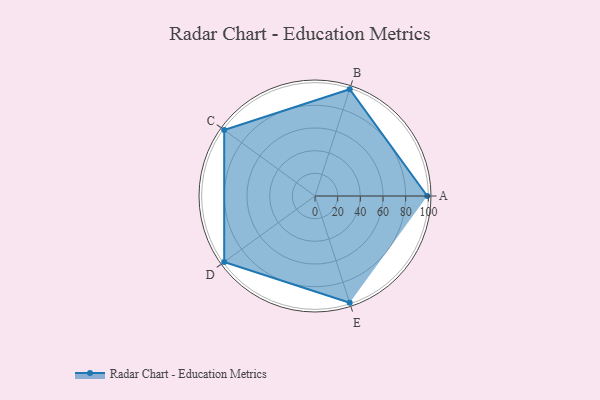
{"axis": {"x": "Skill", "y": "Score"}, "legend": ["Profile"], "data": [{"x": "A", "y": 99.0, "type": "Profile"}, {"x": "B", "y": 99, "type": "Profile"}, {"x": "C", "y": 99, "type": "Profile"}, {"x": "D", "y": 99, "type": "Profile"}, {"x": "E", "y": 99, "type": "Profile"}]}